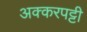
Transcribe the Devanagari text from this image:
अक्करपट्टी